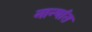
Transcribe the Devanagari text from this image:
नान्यांत